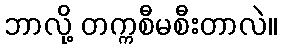
ဘာလို့ တက္ကစီမစီးတာလဲ။